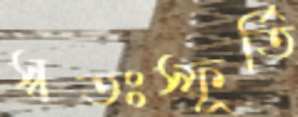
স্বতঃস্ফূর্তি